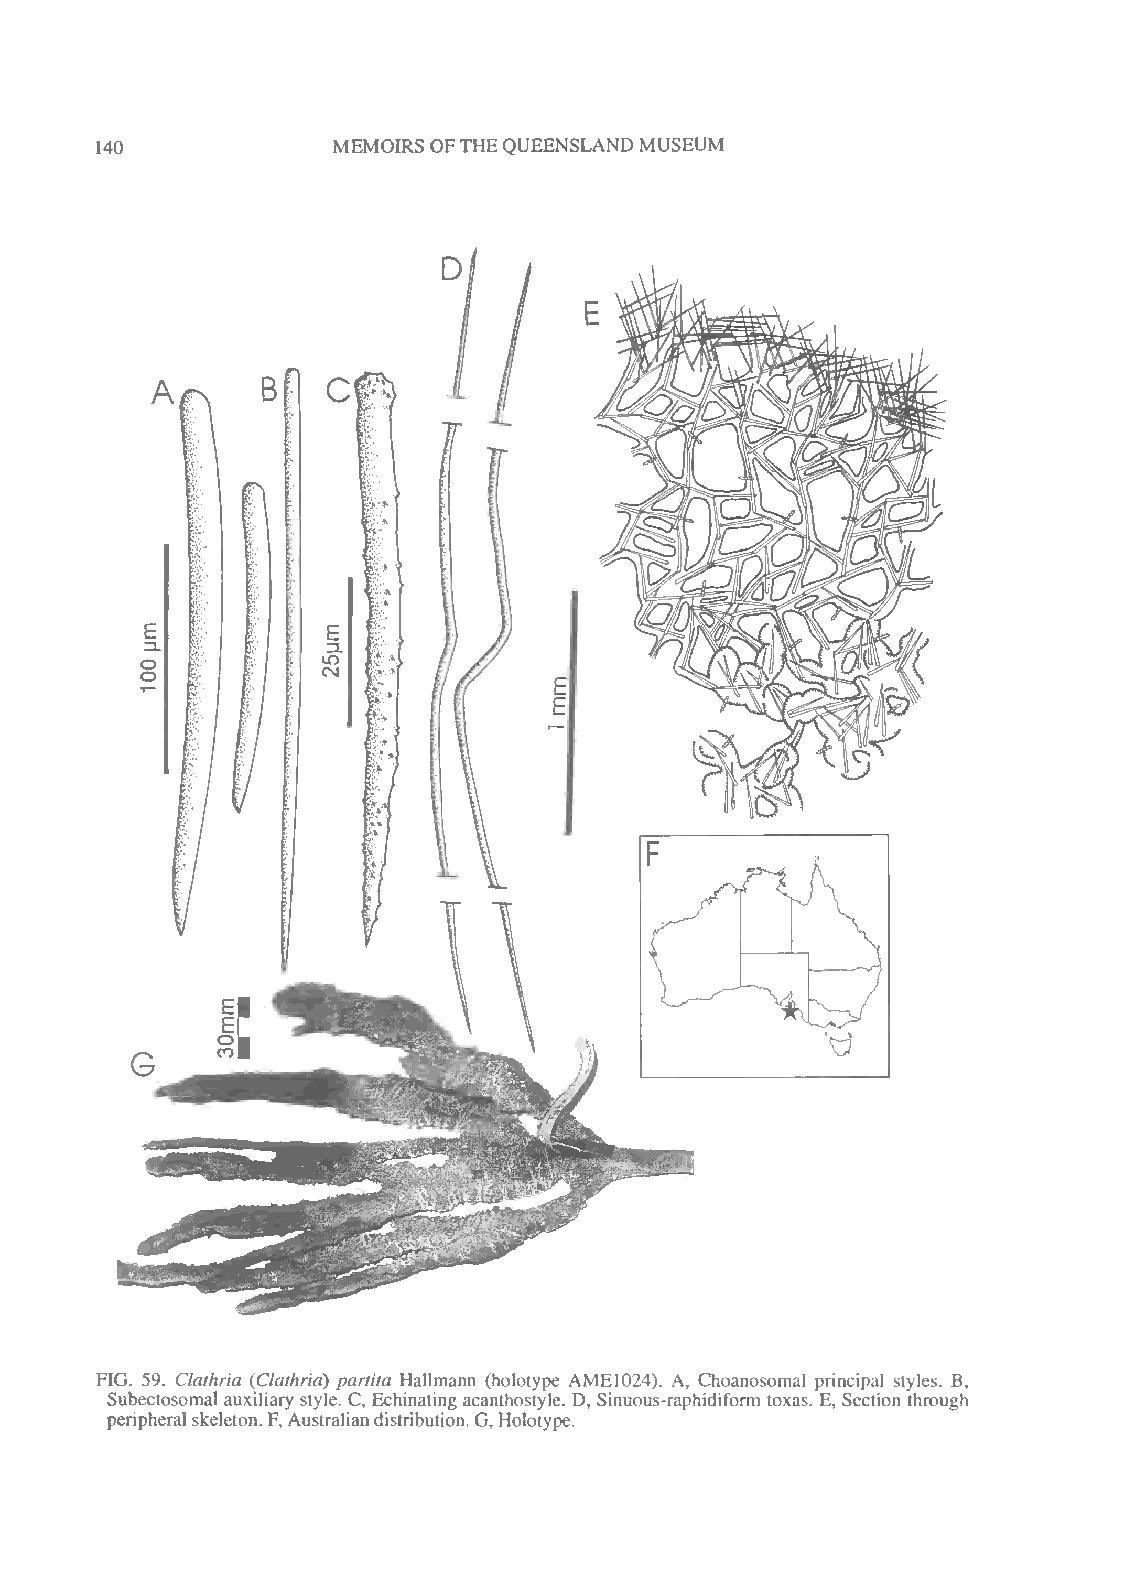
MEMOIRS OFTHEQUEENSLANDMUSEUM
 140
 F
 *%3*-~*d>
 "*S. /
 FIG. 59. Clathria (Clathria) partita Hallmann (holotype AME1024). A, Choanosomal principal styles. B,
 Subectosomal auxiliary style. C, Echinating acanthostyle. D, Sinuous-raphidiform toxas. E, Section through
 peripheral skeleton. F, Australiandistribution. G, Holotype.